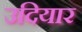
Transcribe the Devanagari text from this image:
उदियार